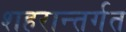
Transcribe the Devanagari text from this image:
शहरान्तर्गत